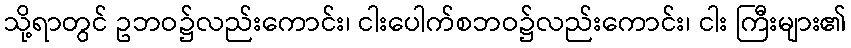
သို့ရာတွင် ဥဘဝ၌လည်းကောင်း၊ ငါးပေါက်စဘဝ၌လည်းကောင်း၊ ငါး ကြီးများ၏